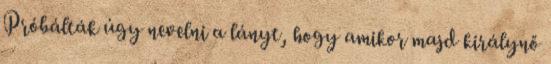
Próbálták úgy nevelni a lányt, hogy amikor majd királynő